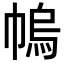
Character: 𢄓